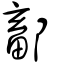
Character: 鄐